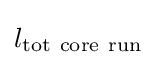
l_{\mathrm {tot~core~run} }